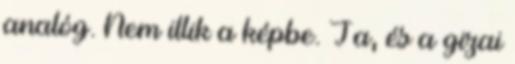
analóg. Nem illik a képbe. Ja, és a gizai